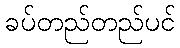
ခပ်တည်တည်ပင်